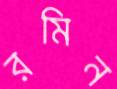
রমিন